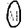
Digit: 0